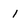
Character: 1